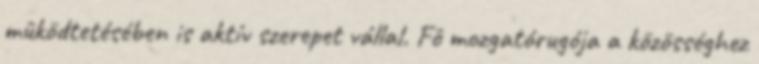
mûködtetésében is aktív szerepet vállal. Fô mozgatórugója a közösséghez